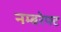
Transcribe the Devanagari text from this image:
नम्बरेफ्ट